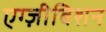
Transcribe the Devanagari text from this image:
एग्ज़ीबिशन